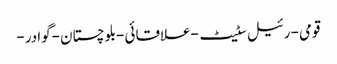
قومی -رئیل سٹیٹ -علاقائی -بلوچستان -گوادر -